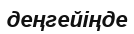
деңгейіңде